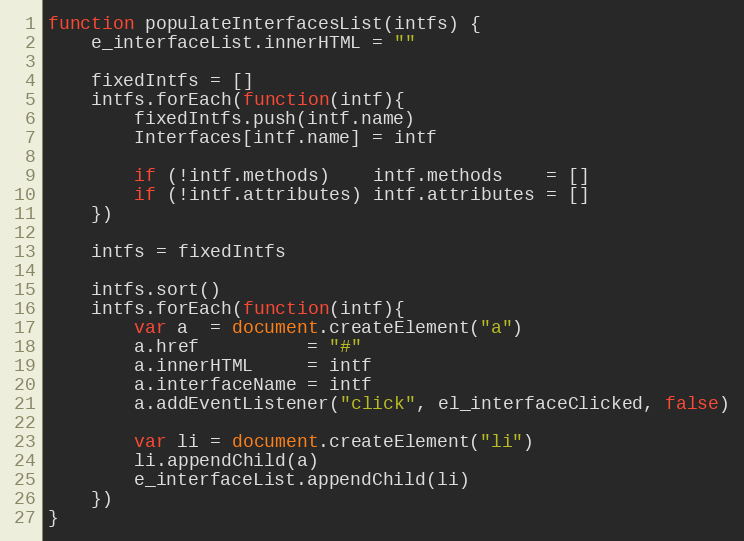
Language: JavaScript
function populateInterfacesList(intfs) {
    e_interfaceList.innerHTML = ""

    fixedIntfs = []
    intfs.forEach(function(intf){
        fixedIntfs.push(intf.name)
        Interfaces[intf.name] = intf

        if (!intf.methods)    intf.methods    = []
        if (!intf.attributes) intf.attributes = []
    })

    intfs = fixedIntfs

    intfs.sort()
    intfs.forEach(function(intf){
        var a  = document.createElement("a")
        a.href          = "#"
        a.innerHTML     = intf
        a.interfaceName = intf
        a.addEventListener("click", el_interfaceClicked, false)

        var li = document.createElement("li")
        li.appendChild(a)
        e_interfaceList.appendChild(li)
    })
}